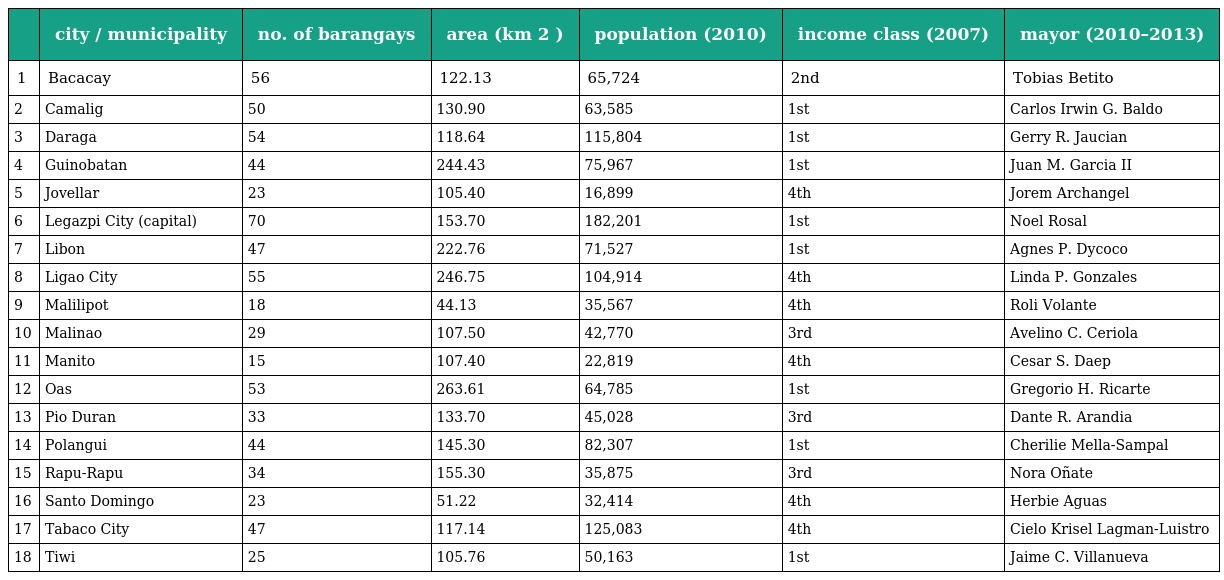
|  | city / municipality | no. of barangays | area (km 2 ) | population (2010) | income class (2007) | mayor (2010–2013) |
 | --- | --- | --- | --- | --- | --- | --- |
 | 1 | Bacacay | 56 | 122.13 | 65,724 | 2nd | Tobias Betito |
 | 2 | Camalig | 50 | 130.90 | 63,585 | 1st | Carlos Irwin G. Baldo |
 | 3 | Daraga | 54 | 118.64 | 115,804 | 1st | Gerry R. Jaucian |
 | 4 | Guinobatan | 44 | 244.43 | 75,967 | 1st | Juan M. Garcia II |
 | 5 | Jovellar | 23 | 105.40 | 16,899 | 4th | Jorem Archangel |
 | 6 | Legazpi City (capital) | 70 | 153.70 | 182,201 | 1st | Noel Rosal |
 | 7 | Libon | 47 | 222.76 | 71,527 | 1st | Agnes P. Dycoco |
 | 8 | Ligao City | 55 | 246.75 | 104,914 | 4th | Linda P. Gonzales |
 | 9 | Malilipot | 18 | 44.13 | 35,567 | 4th | Roli Volante |
 | 10 | Malinao | 29 | 107.50 | 42,770 | 3rd | Avelino C. Ceriola |
 | 11 | Manito | 15 | 107.40 | 22,819 | 4th | Cesar S. Daep |
 | 12 | Oas | 53 | 263.61 | 64,785 | 1st | Gregorio H. Ricarte |
 | 13 | Pio Duran | 33 | 133.70 | 45,028 | 3rd | Dante R. Arandia |
 | 14 | Polangui | 44 | 145.30 | 82,307 | 1st | Cherilie Mella-Sampal |
 | 15 | Rapu-Rapu | 34 | 155.30 | 35,875 | 3rd | Nora Oñate |
 | 16 | Santo Domingo | 23 | 51.22 | 32,414 | 4th | Herbie Aguas |
 | 17 | Tabaco City | 47 | 117.14 | 125,083 | 4th | Cielo Krisel Lagman-Luistro |
 | 18 | Tiwi | 25 | 105.76 | 50,163 | 1st | Jaime C. Villanueva |